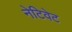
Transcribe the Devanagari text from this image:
नेटिवेट